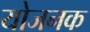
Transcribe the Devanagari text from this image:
योजनक